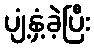
ပျံ့နှံ့ခဲ့ပြီး